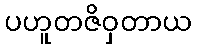
ပဟူတဇိဝှတာယ